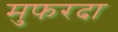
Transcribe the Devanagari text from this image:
मुफरदा